Lunatic asylums United Provinces 1899-1908 - 1899-1908
Year: 1899
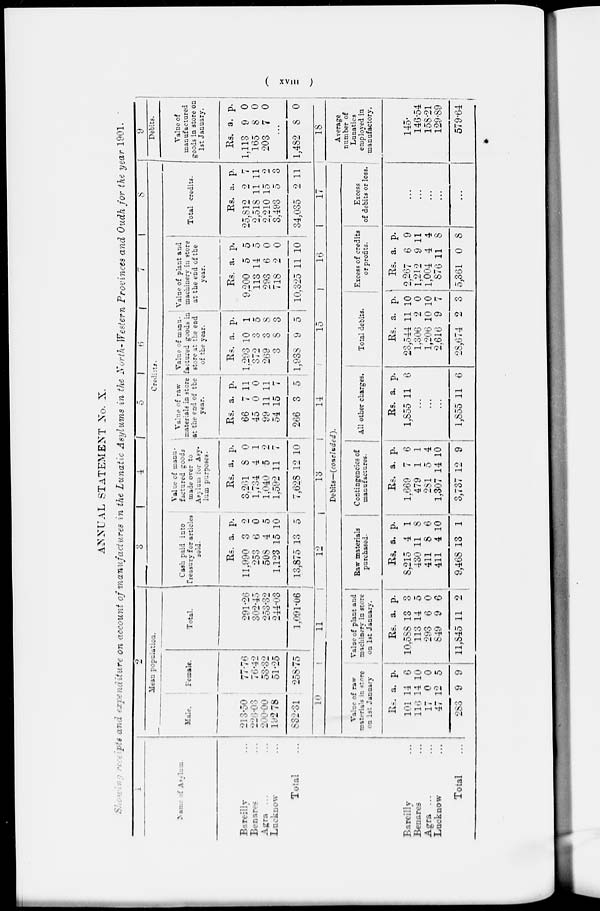
(
xviii
)
ANNUAL STATEMENT No. X.
Showing receipts an
expenditure
account of manufactures in the Lunatic Asylums in the North-Western Provinces and Oudh for the year 1901.
1
Name of Asylum.
Bareilly ...
Benares ...
Agra
... ...
Lucknow ...
Total ...
2
Mean population.
Male.
213.50
226.03
200.00
192.78
832.31
Female.
77.76
76.42
53.32
51.25
258.75
10
Total.
291.26
302.45
253.32
244.03
1,091.06
11
3
4
5
6
7
8
Credits.
Cash paid into
Treasury for articles
sold.
Rs.
11,990
253
508
1,123
13,875
a.
3
6
4
15
13
p.
2
0
5
10
5
12
Value of manu-
factured goods
made over to
Asylum for A s y l u m purposes.
Rs.
3,261
1,734
1,040
1,592
7,628
a.
8
4
5
11
12
p.
0
1
2
7
10
13
Value of raw
materials in store
at the end of the
year.
Rs.
66
45
99
54
266
a.
7
0
11
15
3
p.
11
0
11
7
5
14
Value of manu-
factured goods in
store at the end
of the year.
Rs.
1,293
372
269
3
1,938
a.
10
3
3
8
9
p.
1
5
8
3
5
15
Value of plant and
machinery in store
at the end of the
year.
Rs.
9,200
113
293
718
10,325
a.
5
14
6
2
11
p.
5
5
0
0
10
16
Total credits.
Rs.
25,812
2.518
2,210
3,493
34,035
a.
2
11
15
5
2
p.
7
11
2
3
11
17
9
Debits.
Value of
manufactured
goods in store on
1st January.
Rs.
1,113
165
203
a.
9
8
7
p.
0
0
0
...
1,482 8 0
18
Bareilly ...
Benares ...
Agra
... ...
Lucknow ...
Total ...
Debits—(concluded).
Value of raw
materials
in store
on 1st January.
Rs.
101
116
17
47
283
a.
14
14
0
12
9
p.
6
10
0
5
9
Value of plant and
machinery in store
on 1st January.
Rs.
10,588
113
293
849
11,845
a.
13
14
6
9
11
p.
3
5
0
6
2
Raw materials
purchased.
Rs.
8,215
430
411
411
9,468
a.
4
11
8
4
13
p.
1
8
6
10
1
Contingencies of
manufactures.
Rs.
1,669
479
281
1,307
3,737
a.
7
1
5
14
12
p.
6
1
4
10
9
All other charges.
Rs.
1,855
a.
11
p.
6
...
...
...
1,855 11 6
Total debits.
Rs.
23,544
1,306
1,206
2,616
28,674
a.
11
2
10
9
2
p.
10
0
10
7
3
Excess of credits
or profits.
Rs.
2,267
1,212
1,004
876
5,361
a.
6
9
4
11
0
p.
9
11
4
8
8
Excess
of debits or loss.
...
...
...
...
...
Average
number of
Lunatics
employed in
manufactory.
145.
146.54
158.21
129.89
579.64